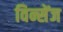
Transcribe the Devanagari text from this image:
विन्सेंज